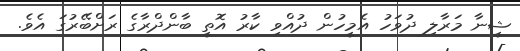
ޝީނާ މަރާލި ދުވަހު އެމީހުން ދުއްވި ކާރު އޮތީ ބާންދްރާގެ ރަށްބޭރުގަ އެވެ.